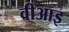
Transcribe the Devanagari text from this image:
वीआइ